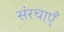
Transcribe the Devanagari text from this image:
संरचाएँ